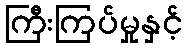
ကြီးကြပ်မှုနှင့်